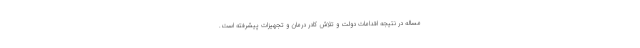
مساله در نتیجه اقدامات دولت و تلاش کادر درمان و تجهیزات پیشرفته است.